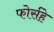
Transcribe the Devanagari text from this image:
फोर्सहे